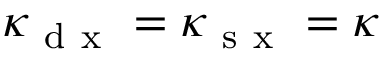
\kappa _ { \mathrm { ~ d ~ x ~ } } = \kappa _ { \mathrm { ~ s ~ x ~ } } = \kappa